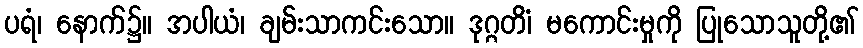
ပရံ၊ နောက်၌။ အပါယံ၊ ချမ်းသာကင်းသော။ ဒုဂ္ဂတိံ၊ မကောင်းမှုကို ပြုသောသူတို့၏